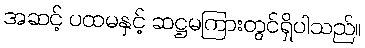
အဆင့် ပထမနှင့် ဆဋ္ဌမကြားတွင်ရှိပါသည်။